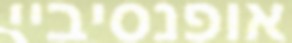
אופנסיביי